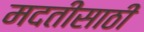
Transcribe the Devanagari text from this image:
मदतीसाठीं